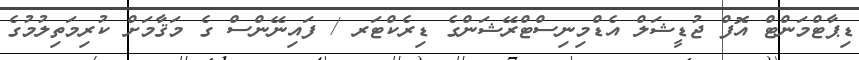
ޑިޕާޓްމަންޓް އޮފް ޖުޑީޝަލް އެޑްމިނިސްޓްރޭޝަންގެ ޑިރެކްޓަރ / ފައިނޭންސް ގެ މަޤާމަށް ކުރިމަތިލުމުގެ